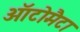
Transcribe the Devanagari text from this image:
ऑटोमैटा